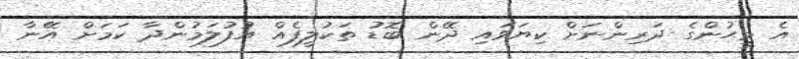
އެ މީޙުންގެ ދަރިންނަށް ކިޔަވައި ދޭން ބޮޑު ތަކުލީފެއް އުފުލަމުންދާ ކަމަށް އޭނާ